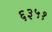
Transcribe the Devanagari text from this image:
६३५१